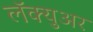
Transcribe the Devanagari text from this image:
लॅक्युअर